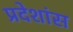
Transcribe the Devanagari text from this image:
प्रदेशांस